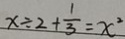
x \div 2 + \frac { 1 } { 3 } = x ^ { 2 }